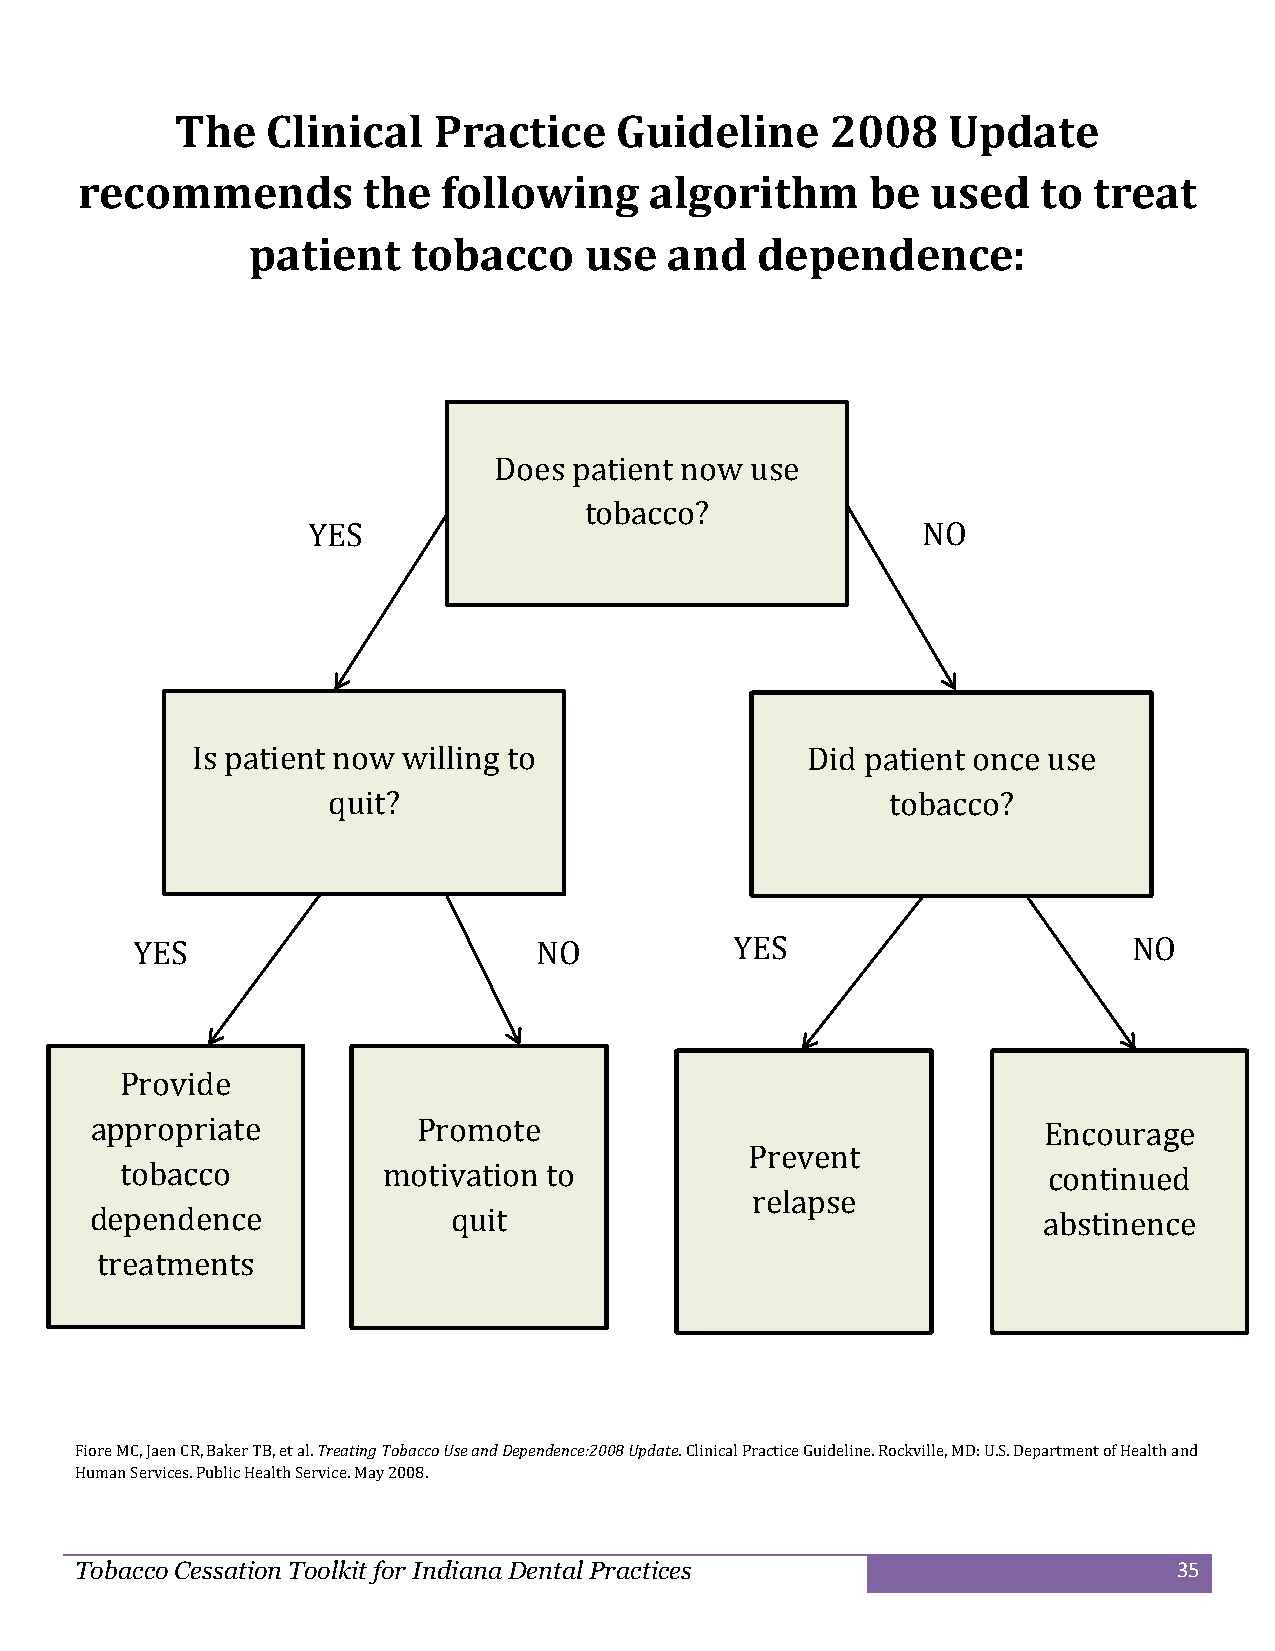
The   Clinical   Practice    Guideline     2008    Update
 recommends         the  following     algorithm      be  used   to treat
 patient    tobacco     use  and   dependence:
 Does patient now use
 tobacco?
 YES                                      NO
 Is patient now willing to               Did patient once use
 quit?                                tobacco?
 YES                        NO           YES                       NO
 Provide
 appropriate           Promote                                  Encourage
 P reve nt
 tobacco          motivation to                               continued
 relapse
 depe nden ce            quit                                   a bstin ence
 treatments
 Fiore MC, Jaen CR, Baker TB, et al. Treating Tobacco Use and Dependence:2008 Update. Clinical Practice Guideline. Rockville, MD: U.S. Department of Health and
 Human Services. Public Health Service. May 2008.
 Tobacco Cessation Toolkit for Indiana Dental Practices                   35